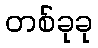
တစ်ခုခု